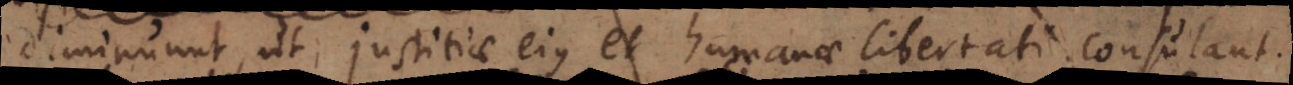
diminuunt, ut justitiae ejus et humanae libertati consulant;